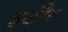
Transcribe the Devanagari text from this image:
इदौर